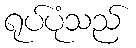
ရုပ်ပုံသည်